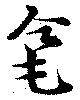
毫